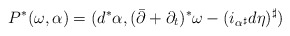
\begin{align*} P^*(\omega,\alpha)=(d^*\alpha,(\bar\partial+\partial_t)^*\omega-(i_{\alpha^\sharp}d\eta)^\sharp) \end{align*}